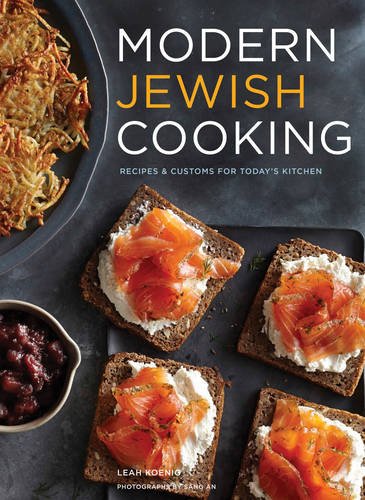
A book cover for Modern Jewish Cooking: Recipes & Customs for Today's Kitchen; Leah Koenig; Cookbooks, Food & Wine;